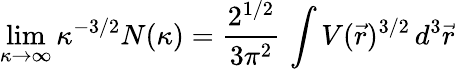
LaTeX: \operatorname*{lim}_{\kappa\to\infty}\kappa^{-3/2}N(\kappa)=\frac{2^{1/2}}{3\pi^{2}}\, \int V(\vec{r})^{3/2}\, d^{3}\vec{r}